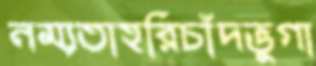
নম্যতাহরিচাঁদভুগা